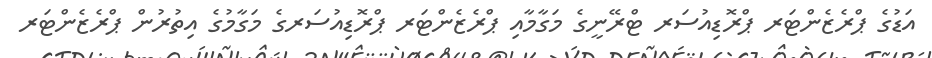
އަޑުގެ ޕްރެޒެންޓަރ ޕްރޮޑިއުސަރ ޓްރޭނީގެ މަގާމާއި ޕްރެޒެންޓަރ ޕްރޮޑިއުސަރގެ މަގާމުގެ އިތުރުން ޕްރެޒެންޓަރ